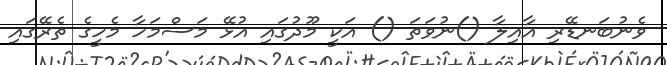
ވެނުބަނޑޭރި އާއިލާ ()ނުވަތަ () އަކީ މޫދުގައި އުޅޭ މަސްމަހާ މެހީގެ ތެރޭގައި